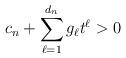
LaTeX: \begin{align*} c_n+ \sum_{\ell=1}^{d_n} g_\ell t^\ell>0\end{align*}